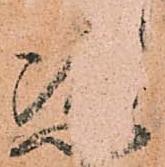
恣